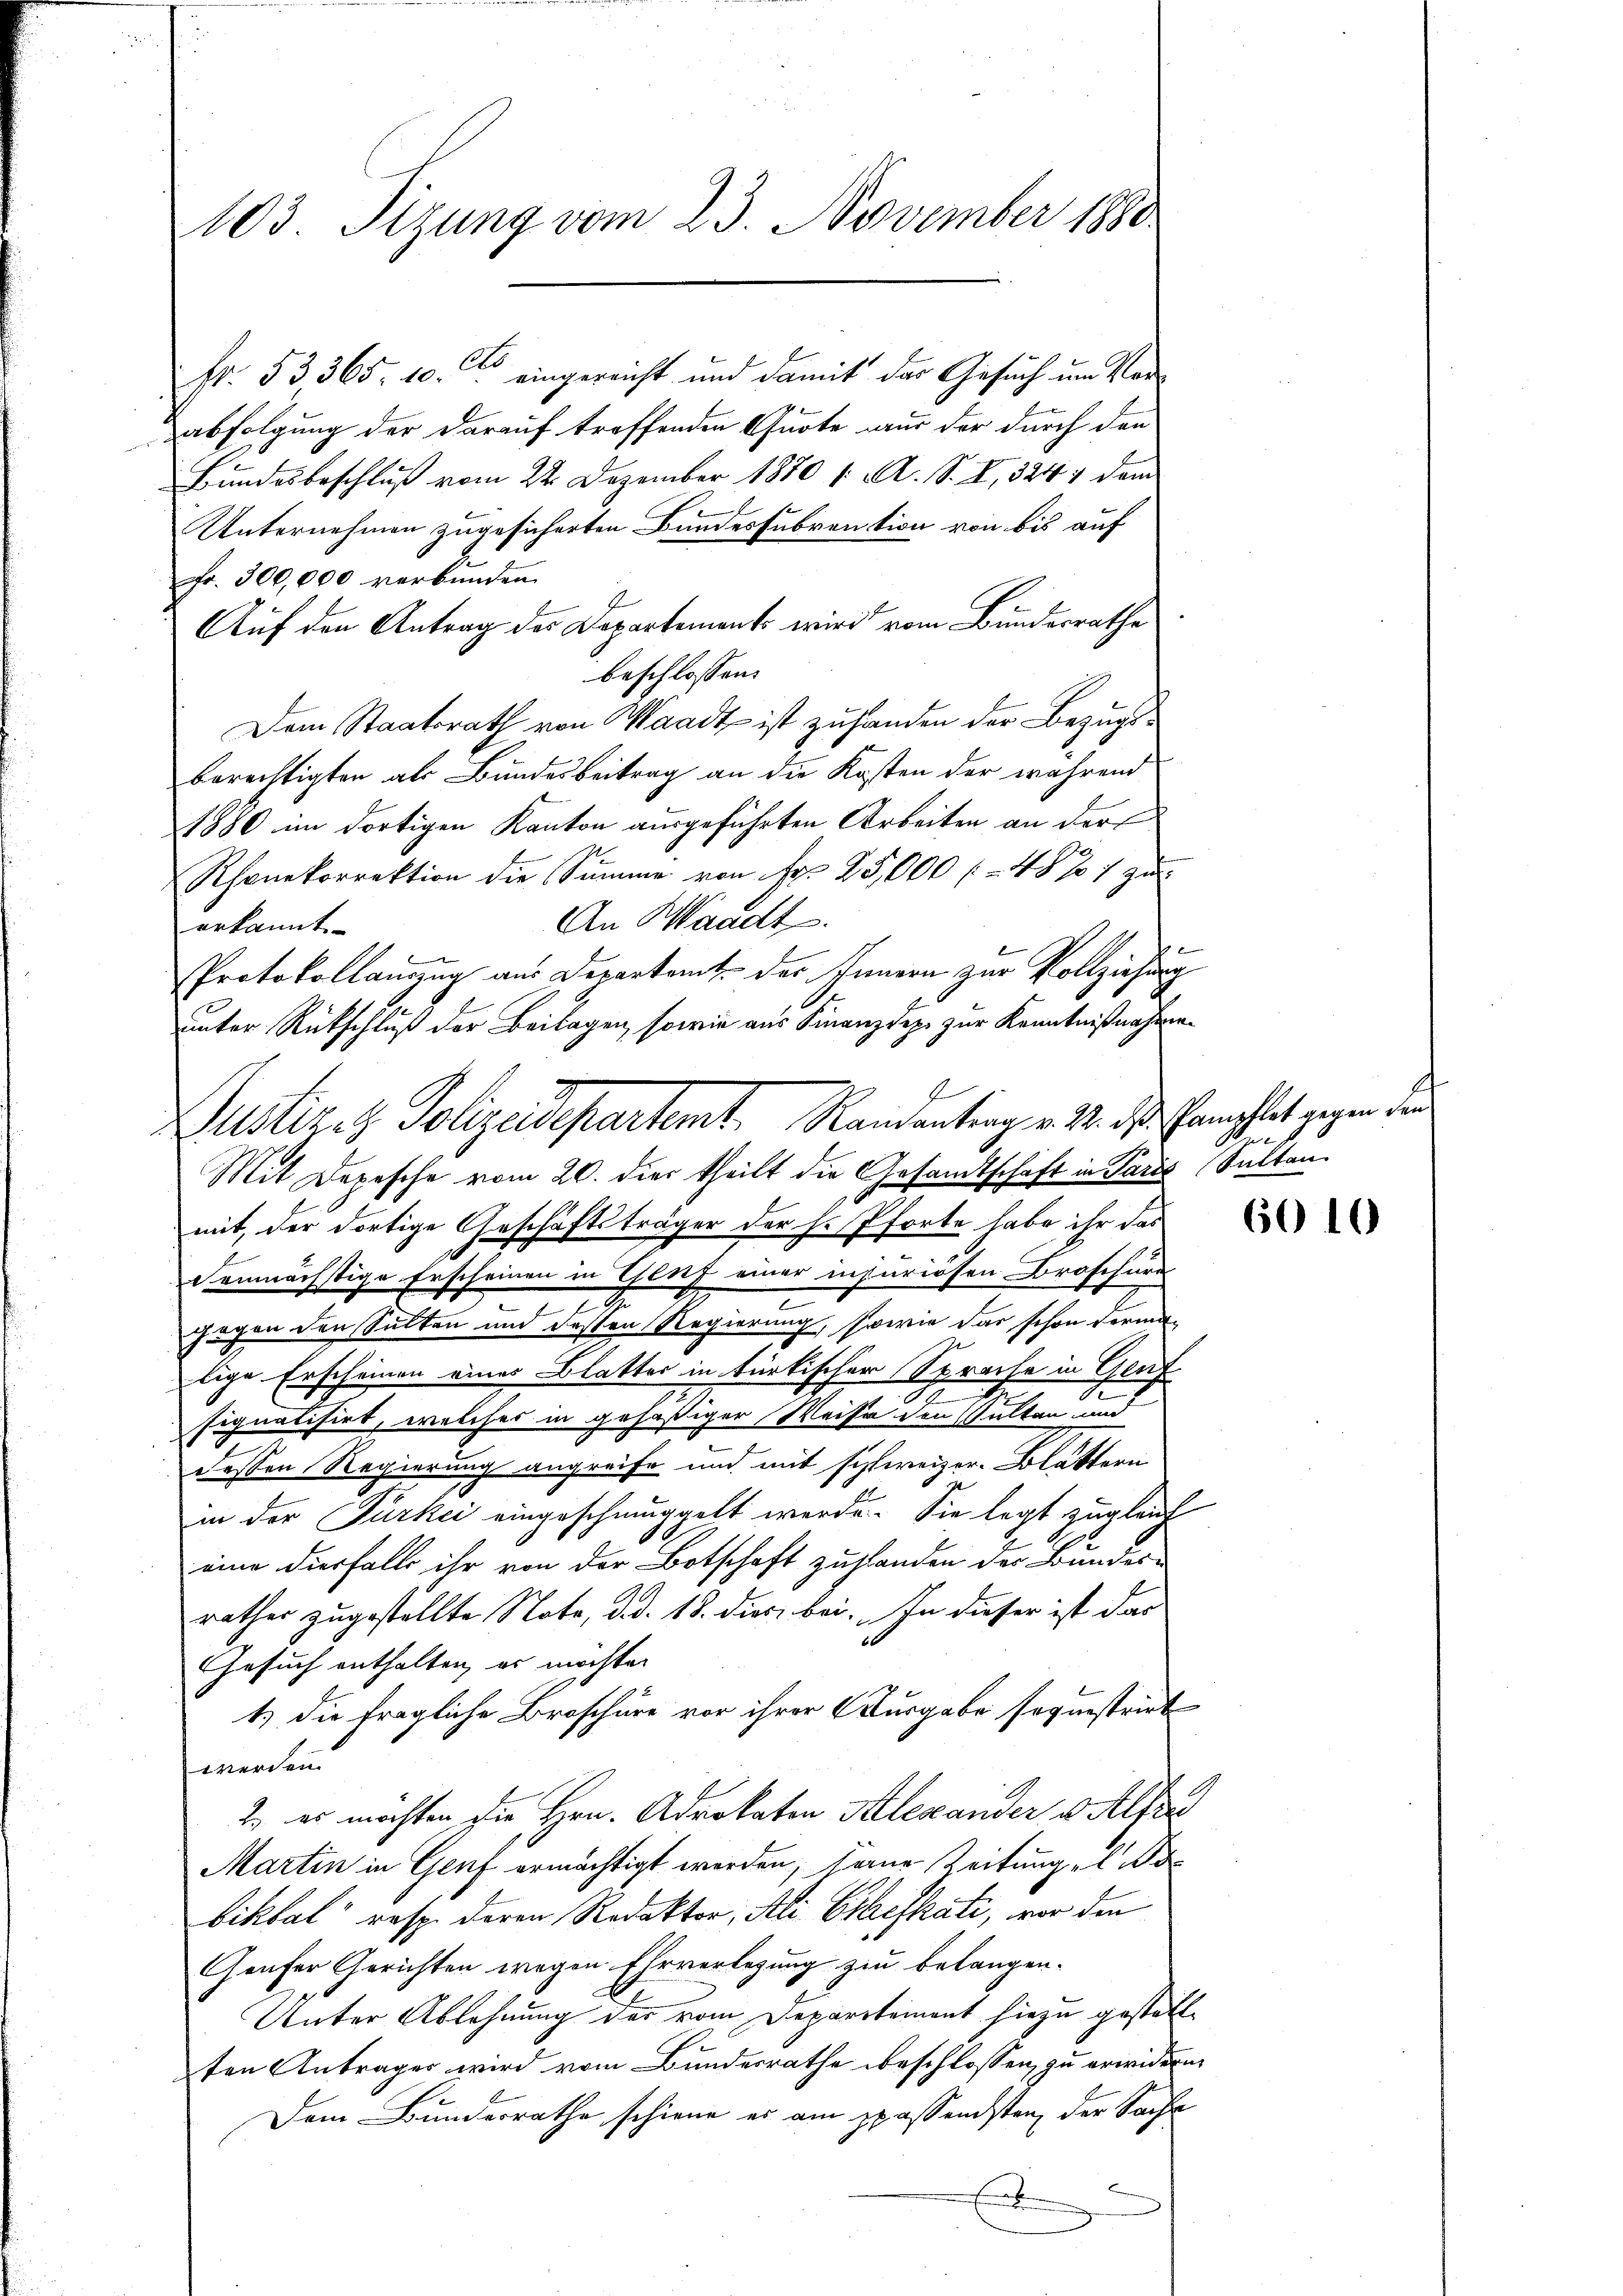
103 Tizung vom 23. November 1880.

Fr. 53365. 10. eingereicht und damit das Gesuch um Verabfolgung der darauf treffenden Quote nur der durch den
Bundesbeschluß vom 22. Dezember 1880 1. A. S. I, 324, dem
Unternehmen zugesicherten Bundessubvention von bis auf
Fr. 300,000 verbunden.
Auf den Antrag des Departements wird vom Bundesrathe
beschlossen:
Dem Staatsrath von Waadt ist zu handen der Bezugs¬
Berechtigten als Bundesbeitrag an die Kosten der während
1880 im dortigen Kanton ausgeführten Arbeiten an der
Rhonekorrektion die Summe von Fr. 25,000 f 48 % 7 zu
An Waadt.
erkannt.
r
Protokollamzug aus Departamt des Innern zur Vollziehung
unter Rückschluß der Beilagen, sowie aus Finanzdepe zur Kenntnißnahmen
Mit Depesche vom 20. dies theilt die Gesandtschaft in Paris (Salten
mit, der dortige Geschäftsträger der Hr. Pforte habe ihr das
demnächstige Erscheinen in Genf einer inseriösen Broschung
gegen den Sulten und deßen Regierung, sowie das schon vermalige Erscheinen eines Blatter in türkischer Sprache in Gruf
.
signatisirt, welches in gehäßiger Weise den Walten und
dessen Regierung angreife und mit sichweizer-Blättern
in der Türkei eingeschmuggelt werde. Sie legt zugleich
eine diesfalls ihr von der Botschaft zustanden der Bunder
rathes zugestellte Note, d.d. 18. dies bei. In dieser ist das
Gesuch enthalten, es möchten
1.) Die fragliche Broschüre vor ihrer Kurgabe sequestrieb
werden.
2.) es möchten die Hrn. Advokaton Alexander v. Als
Martin in Genf ermächtigt werden, dene Zeitungel d
biktal resp. deren Redaktor, Ali Chefkati, vor den
Genfer Gerichten wegen Ehrverlegung zu belangen-
Unter Ablehnung der vom Departement hiezu gestätte
ten Antrages wird vom Bundesrathe beschlossen, zu erwidern
Dem Bundesrathe schiene es am spassendsten der Sache
E

Justiziz Polizeidepartemt. Randantrag v. M. das Ermahlet gegen die

Se

6010